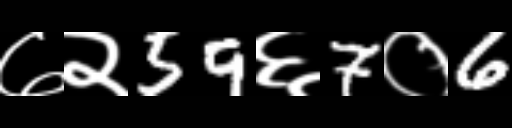
Text: ७२59६7०6